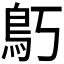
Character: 𱈝